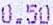
0.50